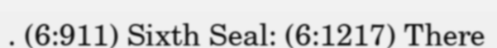
. (6:911) Sixth Seal: (6:1217) There